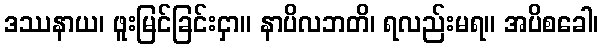
ဒဿနာယ၊ ဖူးမြင်ခြင်းငှာ။ နာပိလဘတိ၊ ရလည်းမရ။ အပိစခေါ၊